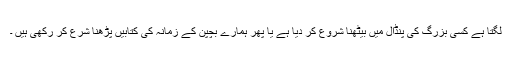
لگتا ہے کسی بزرگ کی پنڈال میں بیٹھنا شروع کر دیا ہے یا پھر ہمارے بچپن کے زمانہ کی کتابیں پڑھنا شرع کر رکھی ہیں ۔